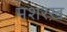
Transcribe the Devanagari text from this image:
मशरख़